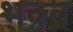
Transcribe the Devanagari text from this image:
भक़्त